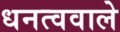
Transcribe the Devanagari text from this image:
धनत्ववाले